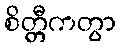
စိတ္တီကတွာ